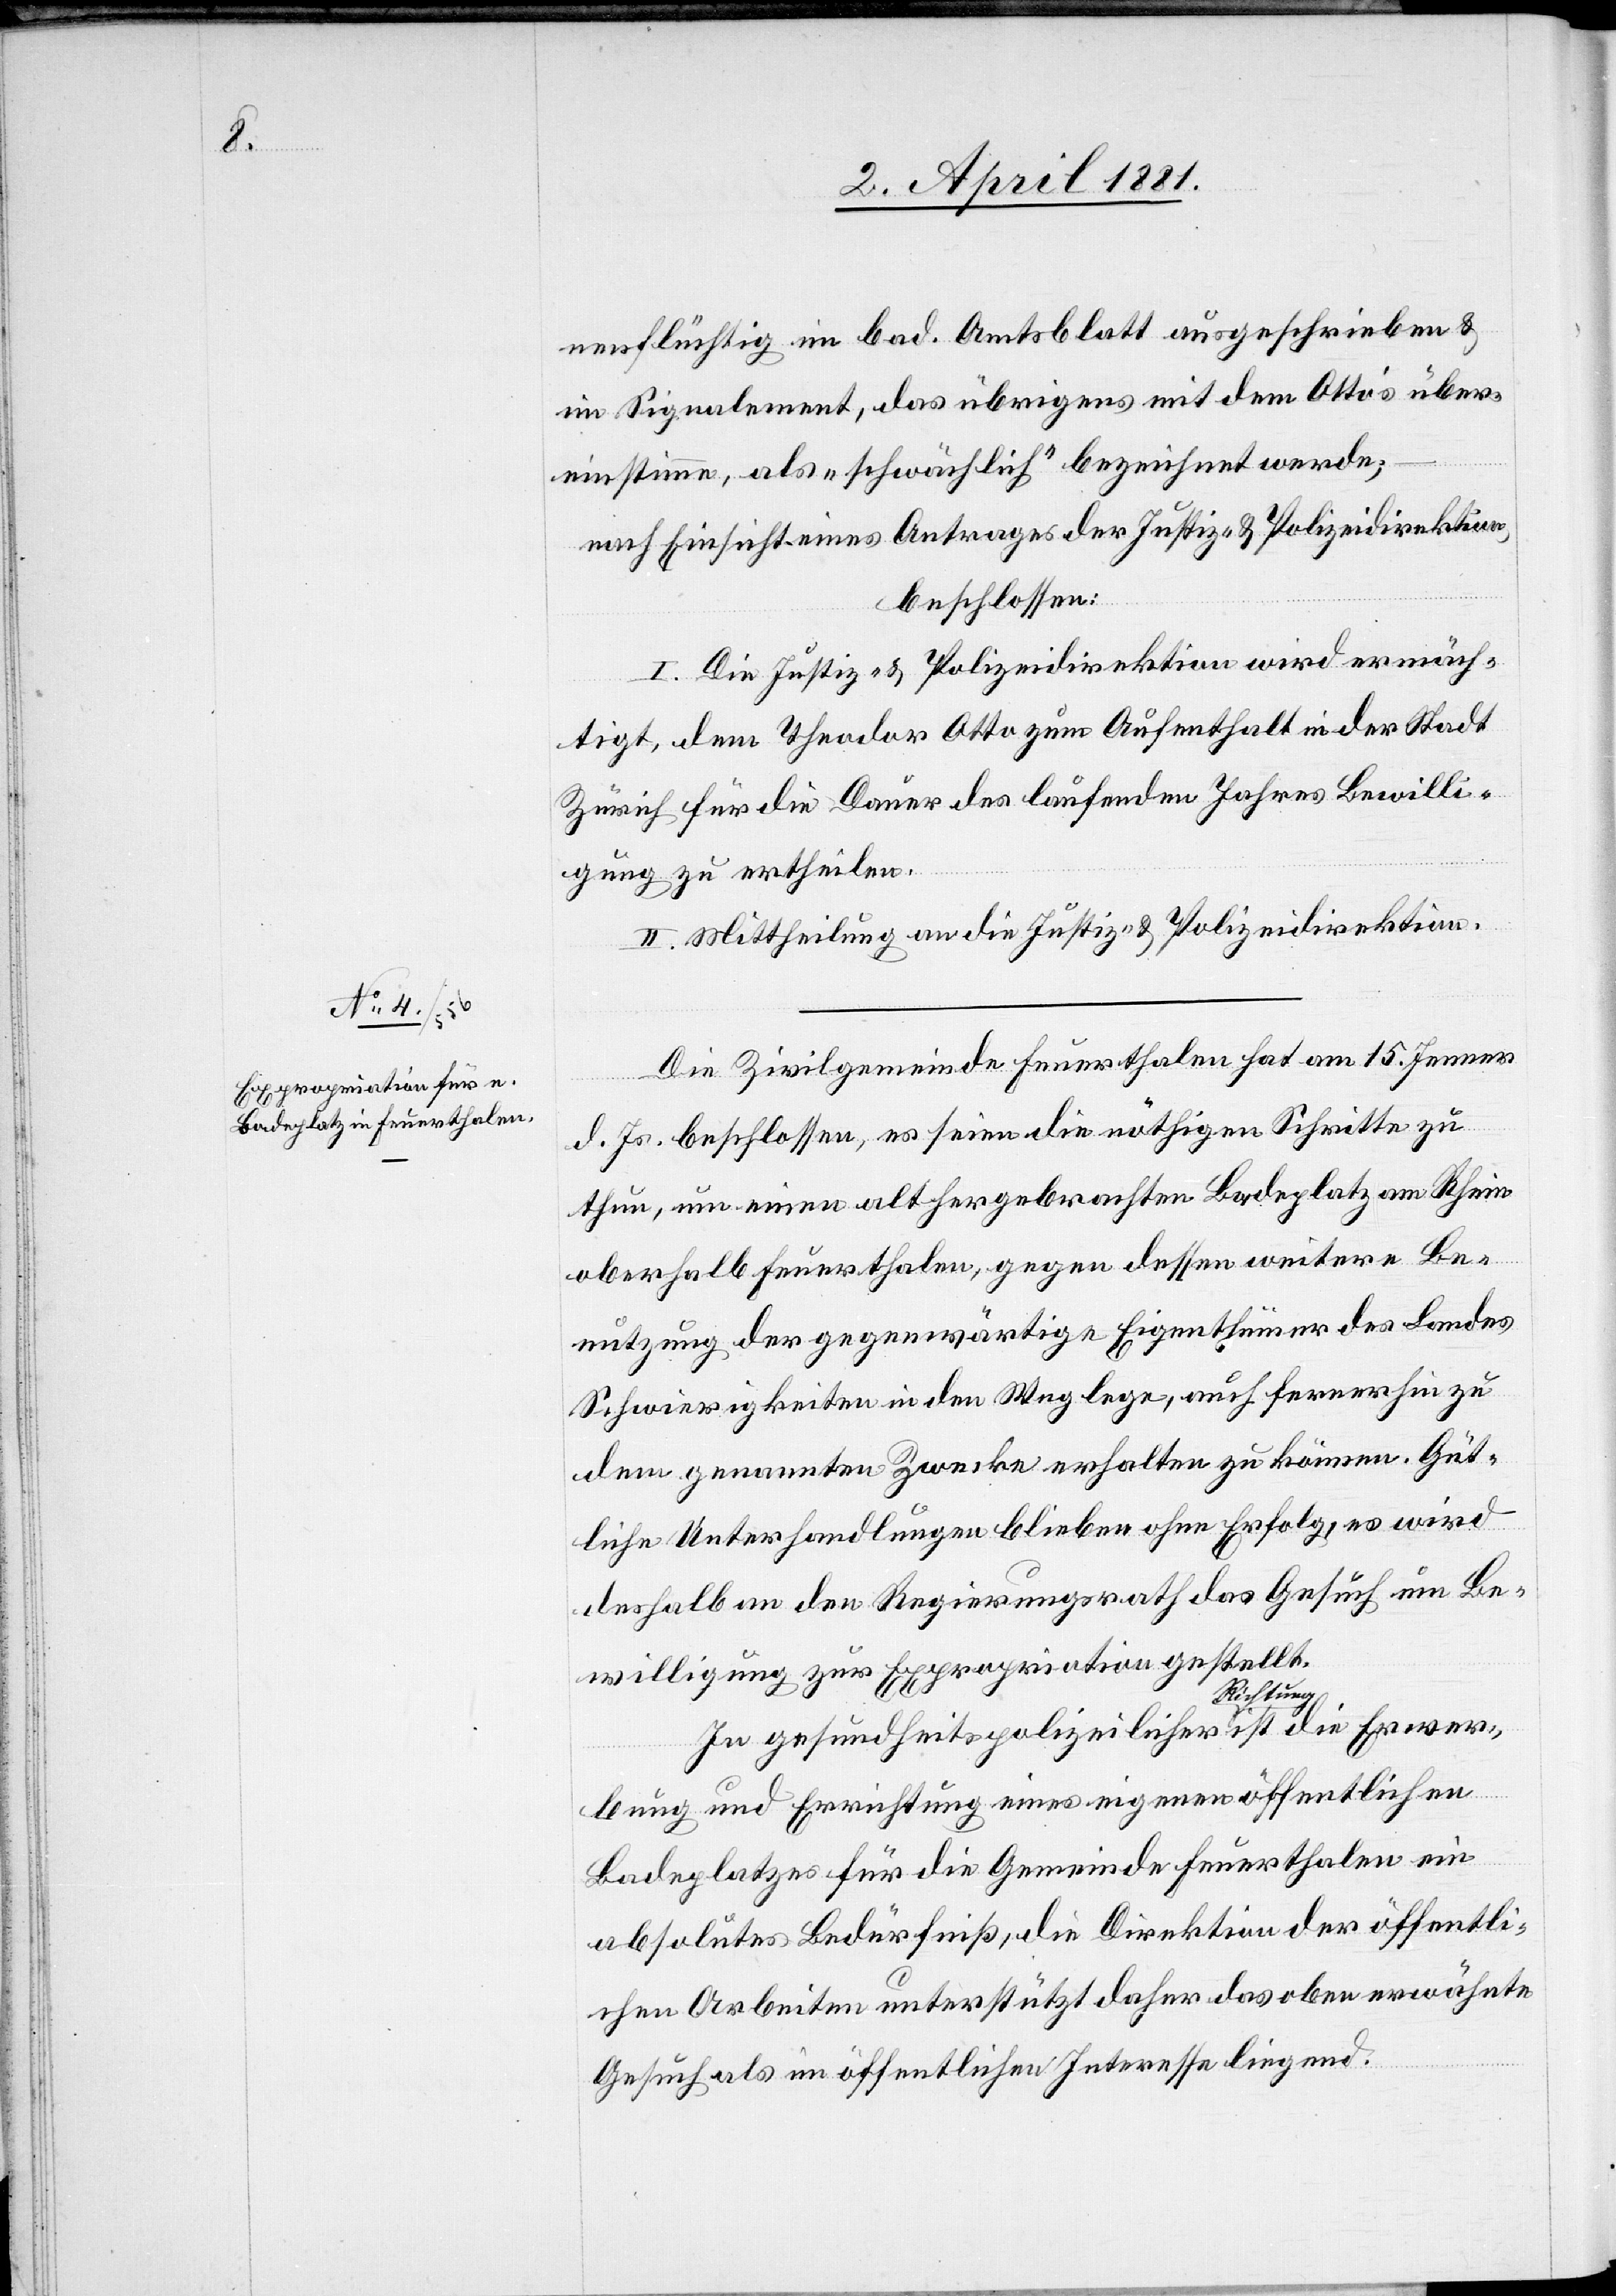
nenflüchtig im bad. Amtsblatt ausgeschrieben &
im Signalement, das übrigens mit dem Otto’s über¬
einstimme, als „schwächlich“ bezeichnet werde;
nach Einsicht eines Antrages der Justiz- & Polizeidirektion,
beschlossen:
I. Die Justiz- & Polizeidirektion wird ermäch¬
tigt, dem Theodor Otto zum Aufenthalt in der Stadt
Zürich für die Dauer des laufenden Jahres Bewilli¬
gung zu ertheilen.
II. Mittheilung an die Justiz- & Polizeidirektion.
Die Zivilgemeinde Feuerthalen hat am 15. Jenner
d. Js. beschlossen, es seien die nöthigen Schritte zu
thun, um einen althergebrachten Badeplatz am Rhein
oberhalb Feuerthalen, gegen dessen weitere Be¬
nutzung der gegenwärtige Eigenthümer des Landes
Schwierigkeiten in den Weg lege, auch fernerhin zu
dem genannten Zwecke erhalten zu können. Güt¬
liche Unterhandlungen blieben ohne Erfolg, es wird
deshalb an den Regierungsrath das Gesuch um Be¬
willigung zur Expropriation gestellt.
In gesundheitspolizeilicher Richtung ist die Erwer¬
bung und Errichtung eines eigenen öffentlichen
Badeplatzes für die Gemeinde Feuerthalen ein
absolutes Bedürfniß, die Direktion der öffentli¬
chen Arbeiten unterstützt daher das oben erwähnte
Gesuch als im öffentlichen Interesse liegend.